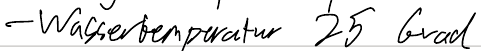
- Wassertemperatur 25 Grad